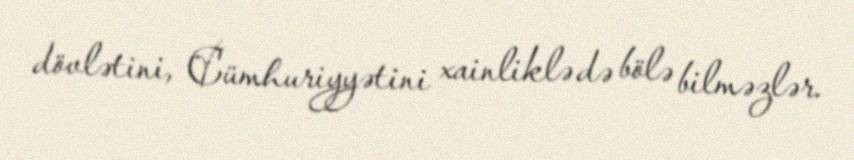
dövlətini, Cümhuriyyətini xainliklə də bölə bilməzlər.